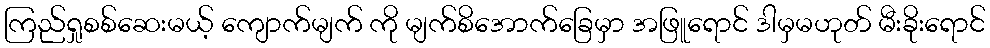
ကြည်ရှုစစ်ဆေးမယ့် ကျောက်မျက် ကို မျက်စိအောက်ခြေမှာ အဖြူရောင် ဒါမှမဟုတ် မီးခိုးရောင်